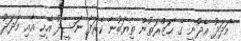
މަދަދު އެދުނީ ގެ ޙަޒްރަތުން ތިޔަބުނާ ކެރަފާ ނަޝީދު އެހީ އާއި މަދަދު